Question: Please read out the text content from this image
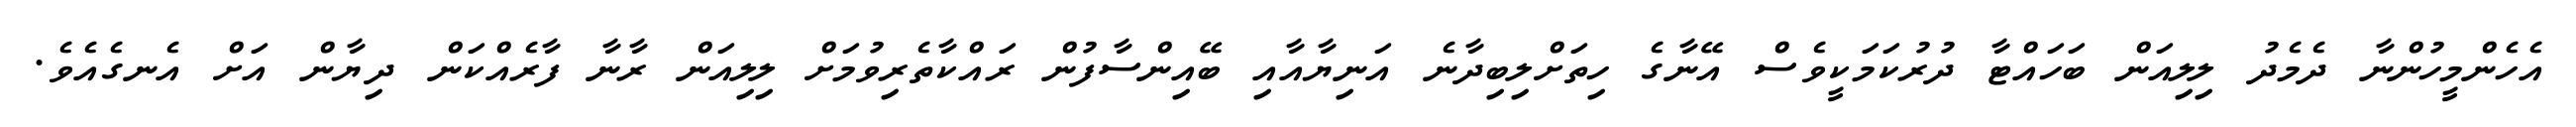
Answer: އެހެންމީހުންނާ ދެމެދު ލިލިއަން ބަހައްޓާ ދުރުކަމަކީވެސް އޭނާގެ ހިތަށްލިބިދާނެ އަނިޔާއާއި ބޭއިންސާފުން ރައްކާތެރިވުމަށް ލިލިއަން ރާނާ ފާރެއްކަން ދިޔާން އަށް އެނގެއެވެ.